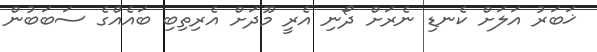
ޚަބަރު އަލަށް ކެނޑި ނެރަށް ދޯނި އެރީ މޫދަށް އެރިތިބި ބައެއްގެ ސަބަބުން